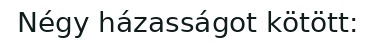
Négy házasságot kötött: